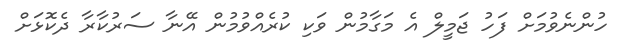
ހުންނެވުމަށް ފަހު ޖަމީލް އެ މަގާމުން ވަކި ކުރެއްވުމުން އޭނާ ސަރުކާރާ ދެކޮޅަށް